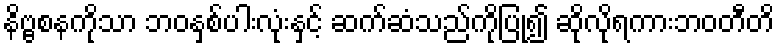
နိဗ္ဗစနကိုသာ ဘဝနှစ်ပါးလုံးနှင့် ဆက်ဆံသည်ကိုပြု၍ ဆိုလိုရကားဘဝတီတိ